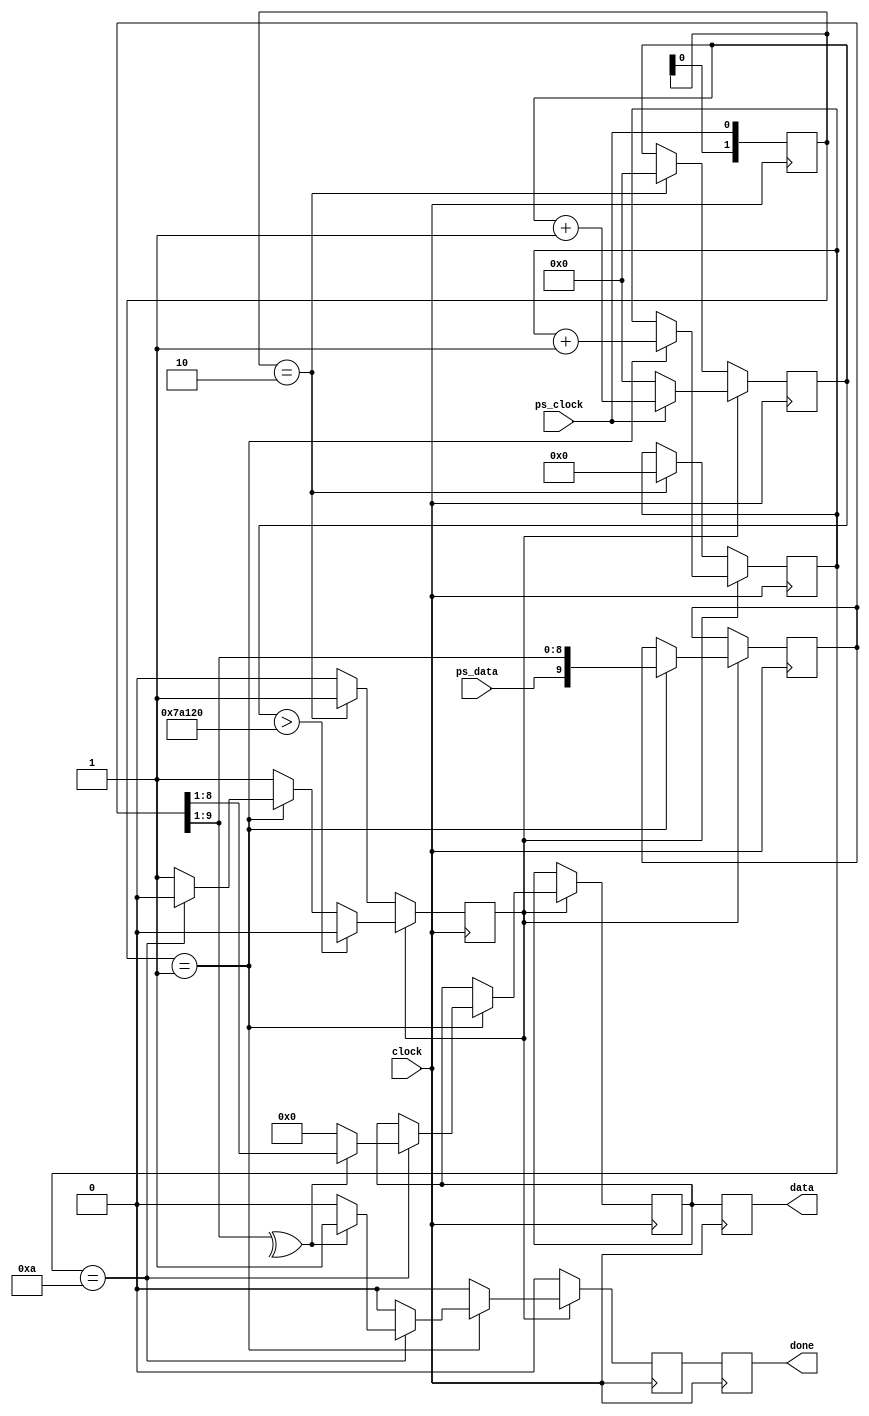
/* verilator lint_off WIDTH */
module kbd
(
    input clock,
    input ps_clock,
    input ps_data,

    output reg       done,
    output reg [7:0] data
);

reg [1:0]   klatch   = 2'b00;
reg [3:0]   kcount   = 1'b0;
reg [9:0]   kin      = 1'b0;
reg [19:0]  kout     = 1'b0;
reg [7:0]   kb_data;
reg         kbusy, kdone, released, shift, extended;

//  Icarus Verilog
initial begin

    data        = 8'h00;
    shift       = 1'b0;
    kbusy       = 1'b0;
    kdone       = 1'b0;
    done        = 1'b0;
    shift       = 1'b0;
    released    = 1'b0;
    extended    = 1'b0;

end

//   
always @(negedge clock) begin done <= kdone; data <= kb_data; end

//    
always @(posedge clock) begin

    kdone <= 1'b0;

    //   
    if (kbusy) begin

        //  
        if (klatch == 2'b01) begin

            //  
            if (kcount == 4'hA) begin

                kbusy   <= 1'b0;
                kb_data <= 1'b0;

                //    
                if (^kin[9:1]) begin kb_data <= kin[8:1]; kdone <= 1; end

            end

            kcount  <= kcount + 1'b1;
            kin     <= {ps_data, kin[9:1]};

        end

        //  " "
        kout <= ps_clock ? kout + 1 : 1'b0;

        //     20 ,     
        if (kout > 25000*20) kbusy <= 1'b0;

    end else begin

        //    \__
        if (klatch == 2'b10) begin

            kbusy   <= 1'b1;    //   
            kcount  <= 1'b0;
            kout    <= 1'b0;

        end

    end

    klatch <= {klatch[0], ps_clock};

end

endmodule